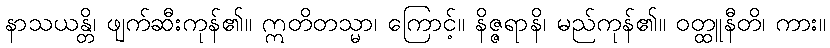
နာသယန္တိ၊ ဖျက်ဆီးကုန်၏။ ဣတိတသ္မာ၊ ကြောင့်။ နိဇ္ဇရာနိ၊ မည်ကုန်၏။ ဝတ္ထူနီတိ၊ ကား။